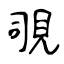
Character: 覗